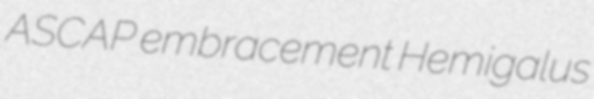
ASCAP embracement Hemigalus